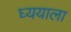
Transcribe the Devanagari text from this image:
घ्ययाला